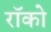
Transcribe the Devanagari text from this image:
रॉको